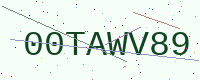
Text: 00TAWV89